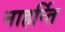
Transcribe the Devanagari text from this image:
नाहर्न्ति